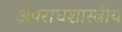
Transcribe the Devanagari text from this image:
अपराधशास्त्रीय